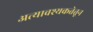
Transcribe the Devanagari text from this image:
अत्यावश्यकतेतून